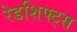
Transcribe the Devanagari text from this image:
रेडशिफ्ट्स